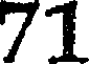
71